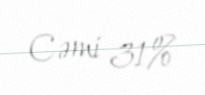
Cəmi 31%